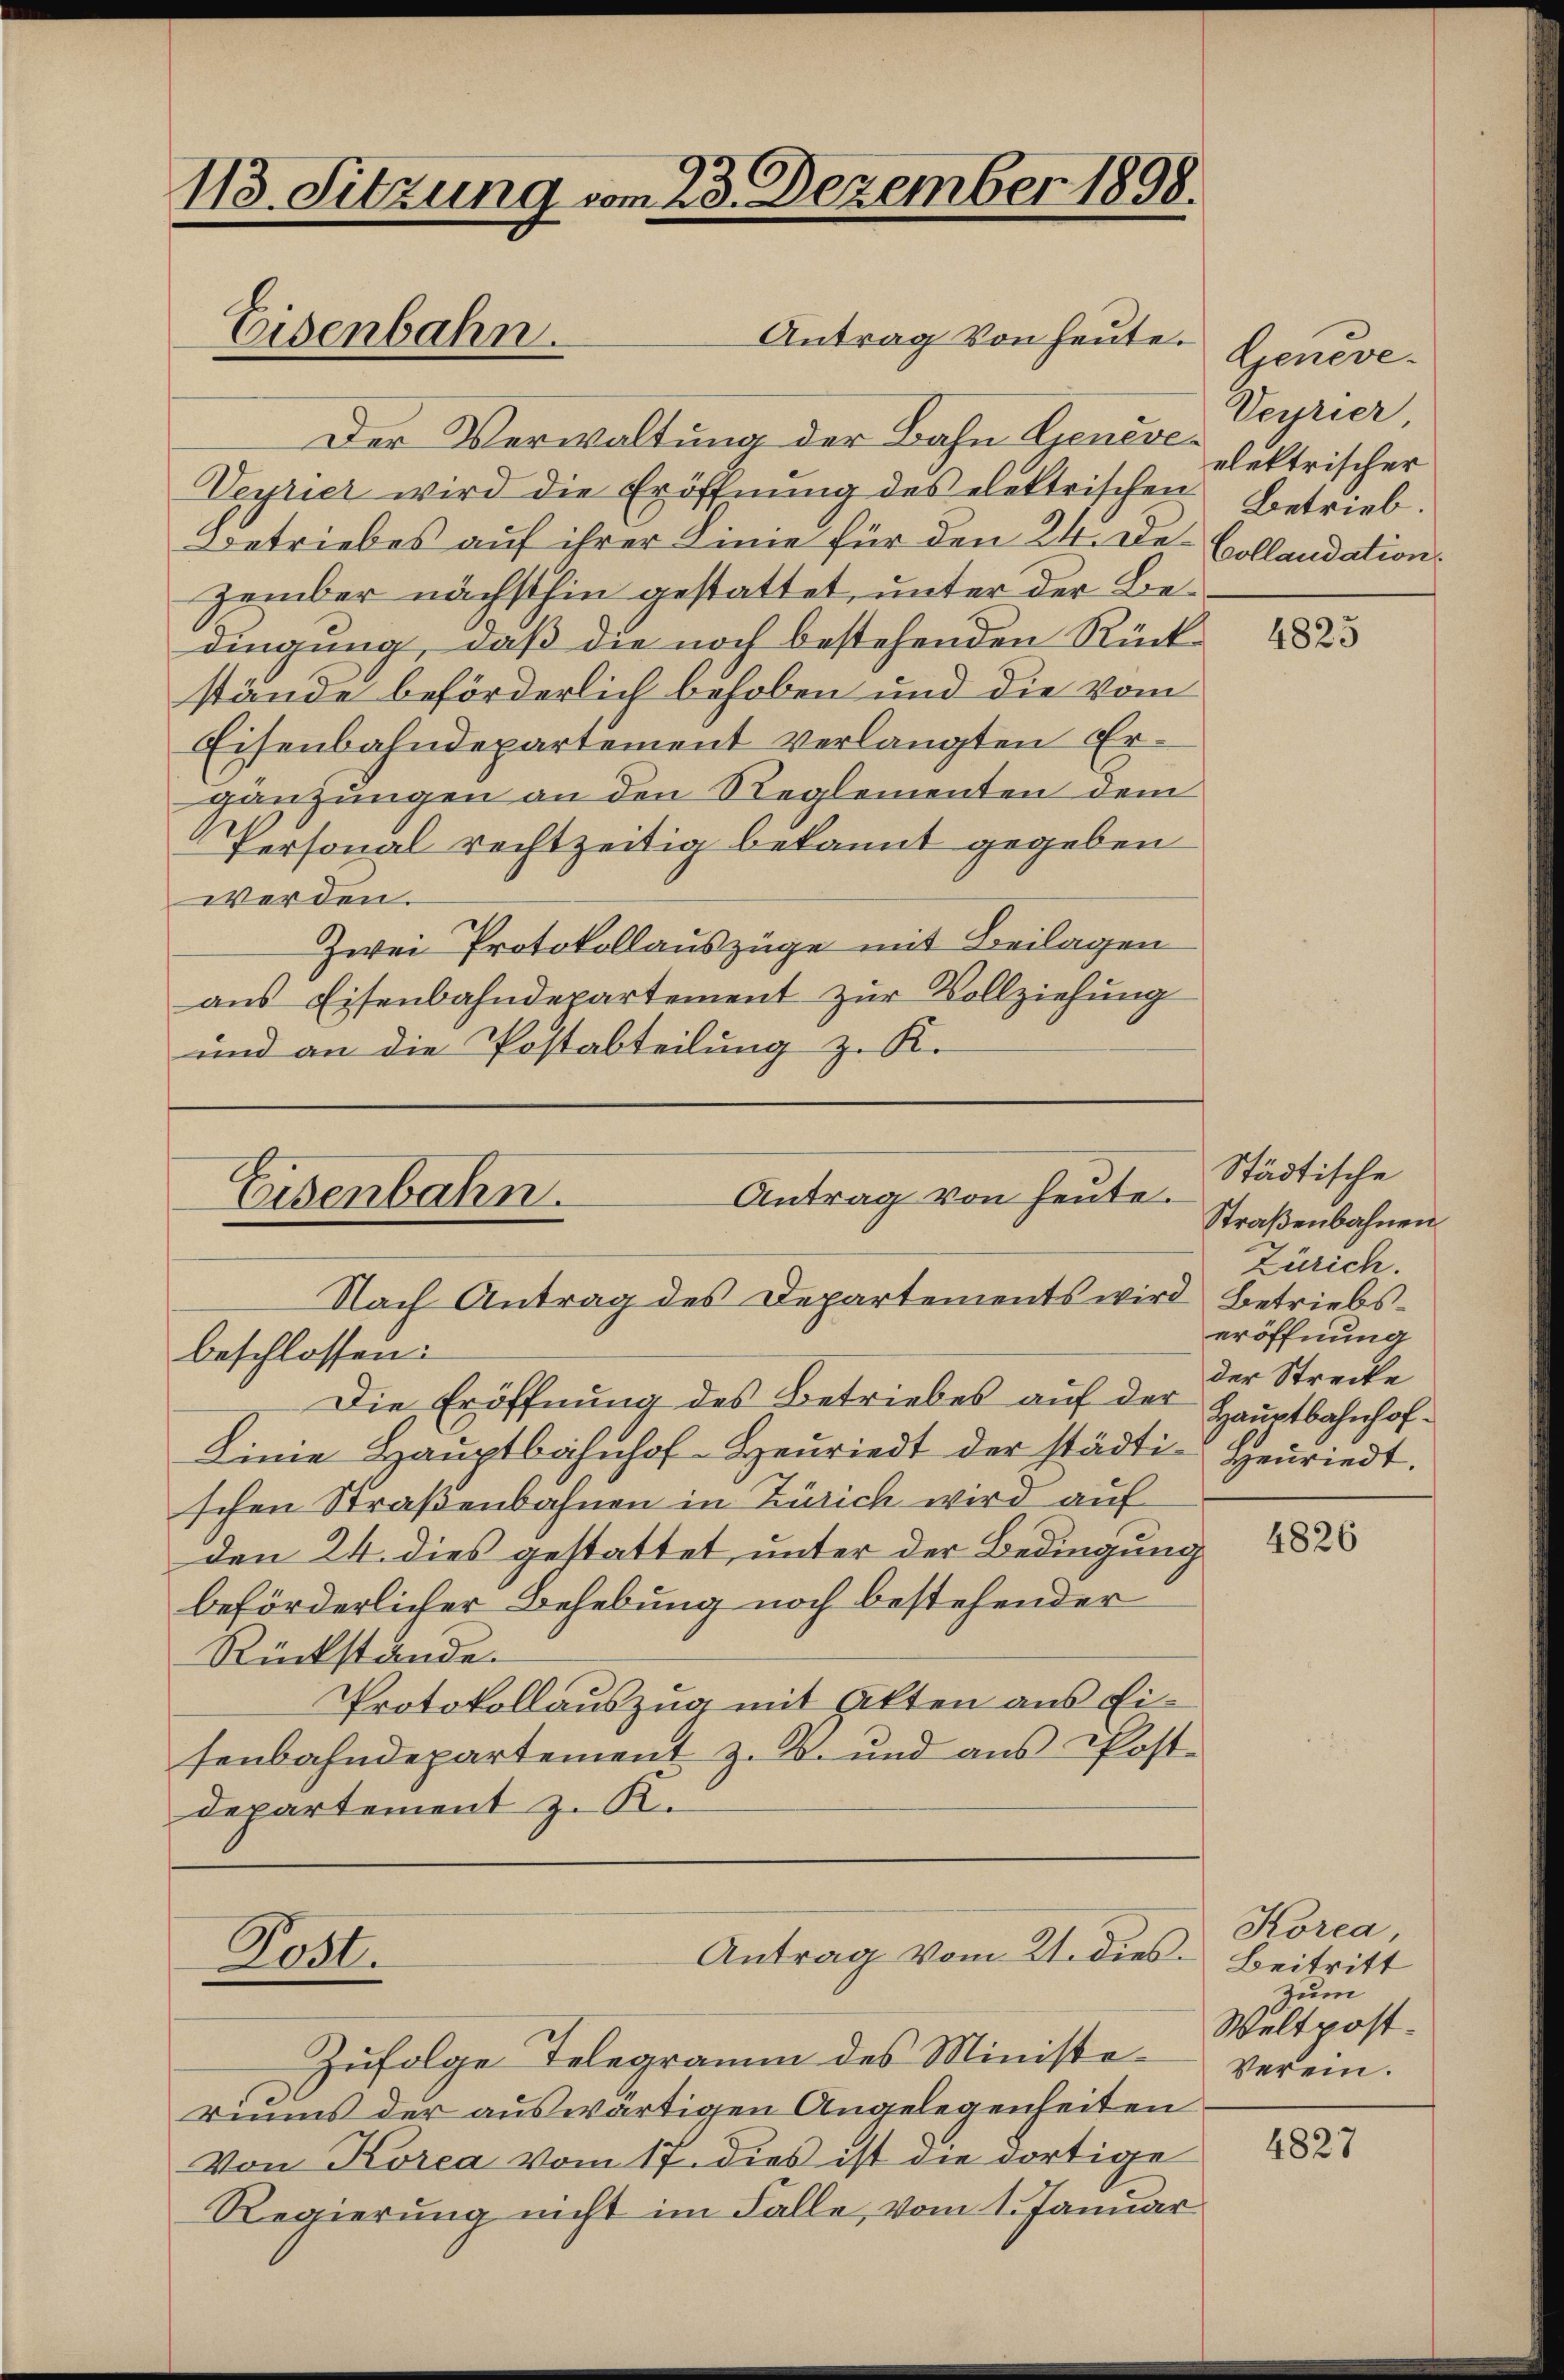
113. Sitzung vom 23. Dezember 1898.
Eisenbahn.
Antrag von heute.

Der Verwaltung der Bahn Geneve¬
Veyrier wird die Eröffnung des elektrischen
Betriebes auf ihrer Linie für den 24. De Collaudation.
zember nächsthin gestattet, unter der Bedingung, daß die noch bestehenden Rückstände beförderlich behoben und die vom
Eisenbahndepartement verlangten Ergänzungen an den Reglementen dem
Personal rechtzeitig bekannt gegeben
werden.
Zwei Protokollauszüge mit Beilagen
ans Eisenbahndepartement zŭr Vollziehung
und an die Postabteilung z. K.

Antrag von heute.
Eisenbahn.
Nach Antrag des Departements wird betriebs¬

beschlossen:
Die Eröffnung des Betriebes auf der Hauptbahnhof¬
Linie Haŭptbahnhof-Heŭriedt der städti-Heŭriedt.
schen Straßenbahnen in Zürich wird auf
den 24. dies gestattet, unter der Bedingung
beförderlicher Behebung noch bestehender
Rückstände.
Protokollauszug mit Akten aus Eisenbahndepartement z. B. und aus Post-
departement z. R.

Post.

Antrag vom 21. dies. Beitritt

Zufolge Telegramm des Ministeriums der auswärtigen Angelegenheiten
Von Korea vom 17. dies ist die dortige
Regierung nicht im Falle, vom 1. Januar

Geneve¬
Veyrier
elektrischer
Betrieb.

4825

Städtische
Straßenbahnen
Zürich.
eröffnung
der Strecke

4826

Korea,
Zum
Weltpost-
Verein.

4827